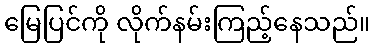
မြေပြင်ကို လိုက်နမ်းကြည့်နေသည်။